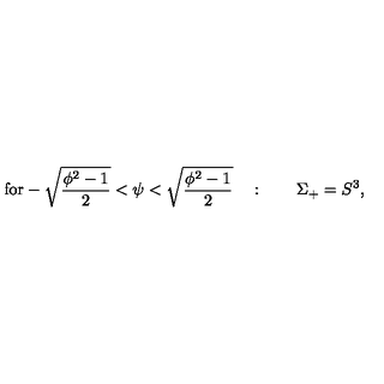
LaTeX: \mathrm { f o r - \sqrt { \frac { \phi ^ 2 - 1 } { 2 } } < \psi < \sqrt { \frac { \phi ^ 2 - 1 } { 2 } } } \quad : \qquad \Sigma _ { + } = S ^ { 3 } ,